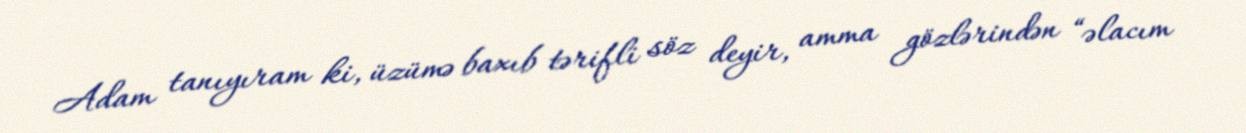
Adam tanıyıram ki, üzümə baxıb tərifli söz deyir, amma gözlərindən “əlacım